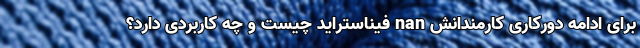
برای ادامه دورکاری کارمندانش nan فیناستراید چیست و چه کاربردی دارد؟